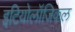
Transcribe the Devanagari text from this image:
इटियोलॉजिकल